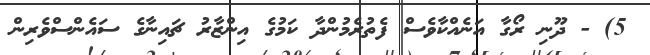
5) - ދޫނި ރޯގާ އަނެއްކާވެސް ފެތުރެމުންދާ ކަމުގެ އިންޒާރު ޗައިނާގެ ސައެންސްވެރިން